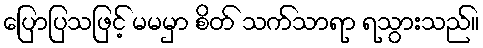
ပြောပြသဖြင့် မမမှာ စိတ် သက်သာရာ ရသွားသည်။